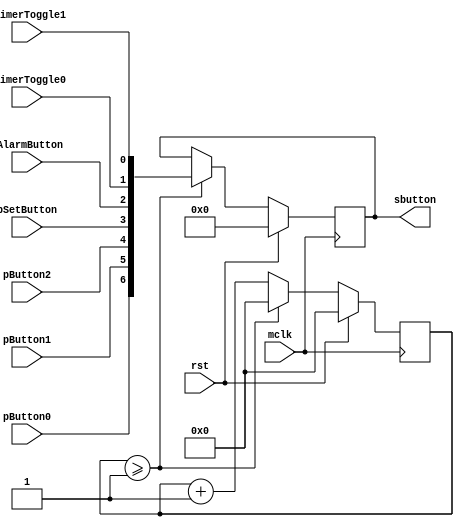
module button_sampler #(parameter SFREQ_KHZ = 1) (
    input wire mclk, input wire rst,
    input wire pSetButton, input wire pAlarmButton, input wire pTimerToggle0, input wire pTimerToggle1,
    input wire pButton0, input wire pButton1, input wire pButton2,
    output reg[6:0] sbutton
);

    reg[31:0] counter;

    always @ (posedge mclk) begin
        if(rst) begin
            counter <= 0;
            sbutton <= 0;
        end
        else if(counter >= SFREQ_KHZ) begin
            counter <= 0;
            sbutton <= { pButton0, pButton1, pButton2, pSetButton, pAlarmButton, pTimerToggle0, pTimerToggle1 };
        end
        else counter <= counter + 1;
    end

endmodule

// Manages button inputs

// mclk: main clock, the clock from the module qlal4...( 20 MHz? )
//
// M_FREQ: main clock frequency, use this paramter to set main clock frequency
//         = 1/10/100 for testing, = 20 000 000 for vaman board ( make sure all time keeping registers are 64 bit wide )
//
// clk_mode:
//     == 0: if in default mode
//     == 1: if in set time mode
//     == 2: if in set date mode
//     == 3: if in set alarm mode(any day alarm implementation?)
// 
// vButton: virtual buttons, HIGH(for 1 MCLK) when the physical button(pButton) goes from LOW to HIGH
//           sButton[0]: units digit, sButton[1]: tens digit, 
//
module button_controller #(parameter MFREQ_KHZ = 1) (
    input wire mclk, input wire rst,
    input wire pSetButton, input wire pAlarmButton, input wire pTimerToggle0, input wire pTimerToggle1, 
    input wire pButton0, input wire pButton1, input wire pButton2,
    output reg[1:0] clk_mode, output reg[1:0] timer_mode, output reg[5:0] vButton
);
    wire sButton0;
    wire sButton1;
    wire sButton2;
    wire sSetButton;
    wire sAlarmButton;
    wire sTimerToggle0;
    wire sTimerToggle1;

    reg lsButton0;
    reg lsButton1;
    reg lsButton2;
    reg lsSetButton;
    reg lsAlarmButton;
    reg lsTimerToggle0;
    reg lsTimerToggle1;

    // Samples buttons every 5ms to prevent bouncing of inputs
    button_sampler #(MFREQ_KHZ*5) bsampler( 
        .mclk(mclk), .rst(rst), 
        .pSetButton(pSetButton), .pAlarmButton(pAlarmButton), 
        .pButton0(pButton0), .pButton1(pButton1), .pButton2(pButton2),
        .pTimerToggle0(pTimerToggle0), .pTimerToggle1(pTimerToggle1), 
        .sbutton({ sButton0, sButton1, sButton2, sSetButton, sAlarmButton, sTimerToggle0, sTimerToggle1 })
    );

    always @ (posedge mclk) begin

        // set vButton[0] on posedge of sButton0
        // if in default state toggle 12h mode
        if(sButton0 && !lsButton0) begin
            lsButton0 <= 1;
            if(clk_mode == 0 && timer_mode == 0) vButton[3] <= ~vButton[3];
            vButton[0] <= 1;
        end
        else if(!sButton0 && lsButton0) begin
            lsButton0 <= 0;
            vButton[0] <= 0;
        end
        else vButton[0] <= 0;

        // set vButton[1] on posedge of sButton0
        // if in default state toggle activate alarm
        if(sButton1 && !lsButton1) begin
            lsButton1 <= 1;
            if(clk_mode == 0 && timer_mode == 0) vButton[4] <= ~vButton[4];
            vButton[1] <= 1;
        end
        else if(!sButton1 && lsButton1) begin
            lsButton1 <= 0;
            vButton[1] <= 0;
        end
        else vButton[1] <= 0;

        // set vButton[2] on posedge of sButton0
        // if in default state toggle activate timer
        if(sButton2 && !lsButton2) begin
            lsButton2 <= 1;
            if(clk_mode == 0 && timer_mode == 0) vButton[5] <= ~vButton[5];
            vButton[2] <= 1;
        end
        else if(!sButton2 && lsButton2) begin
            lsButton2 <= 0;
            vButton[2] <= 0;
        end
        else vButton[2] <= 0;

        // change the mode on posedge of sTimerToggle0
        if(sTimerToggle0 && !lsTimerToggle0) begin
            lsTimerToggle0 <= 1;
            
            if(timer_mode == 0 && clk_mode == 0) timer_mode <= 1;
            if(timer_mode == 1 && clk_mode == 0) timer_mode <= 0;
        end
        else if(!sTimerToggle0 && lsTimerToggle0) begin
            lsTimerToggle0 <= 0;
        end
        // change the mode on posedge of sTimerToggle1
        if(sTimerToggle1 && !lsTimerToggle1) begin
            lsTimerToggle1 <= 1;
            
            if(timer_mode == 0 && clk_mode == 0) timer_mode <= 2;
            if(timer_mode == 2 && clk_mode == 0) timer_mode <= 0;
        end
        else if(!sTimerToggle1 && lsTimerToggle1) begin
            lsTimerToggle1 <= 0;
        end

        // change the mode on posedge of sSetButton
        if(sSetButton && !lsSetButton) begin
            lsSetButton <= 1;
            
            if(clk_mode == 0 && timer_mode == 0) clk_mode <= 1;
            else if(clk_mode == 1 && timer_mode == 0) clk_mode <= 3;
            else if(clk_mode == 3 && timer_mode == 0) clk_mode <= 0;
        end
        else if(!sSetButton && lsSetButton) begin
            lsSetButton <= 0;
        end

        // goto the alarm mode on posedge of sAlarmButton
        if(sAlarmButton && !lsAlarmButton) begin
            lsAlarmButton <= 1;
            
            if(clk_mode == 0 && timer_mode == 0) clk_mode <= 2;
            if(clk_mode == 2 && timer_mode == 0) clk_mode <= 0;
        end
        else if(!sAlarmButton && lsAlarmButton) begin
            lsAlarmButton <= 0;
        end
    end

endmodule